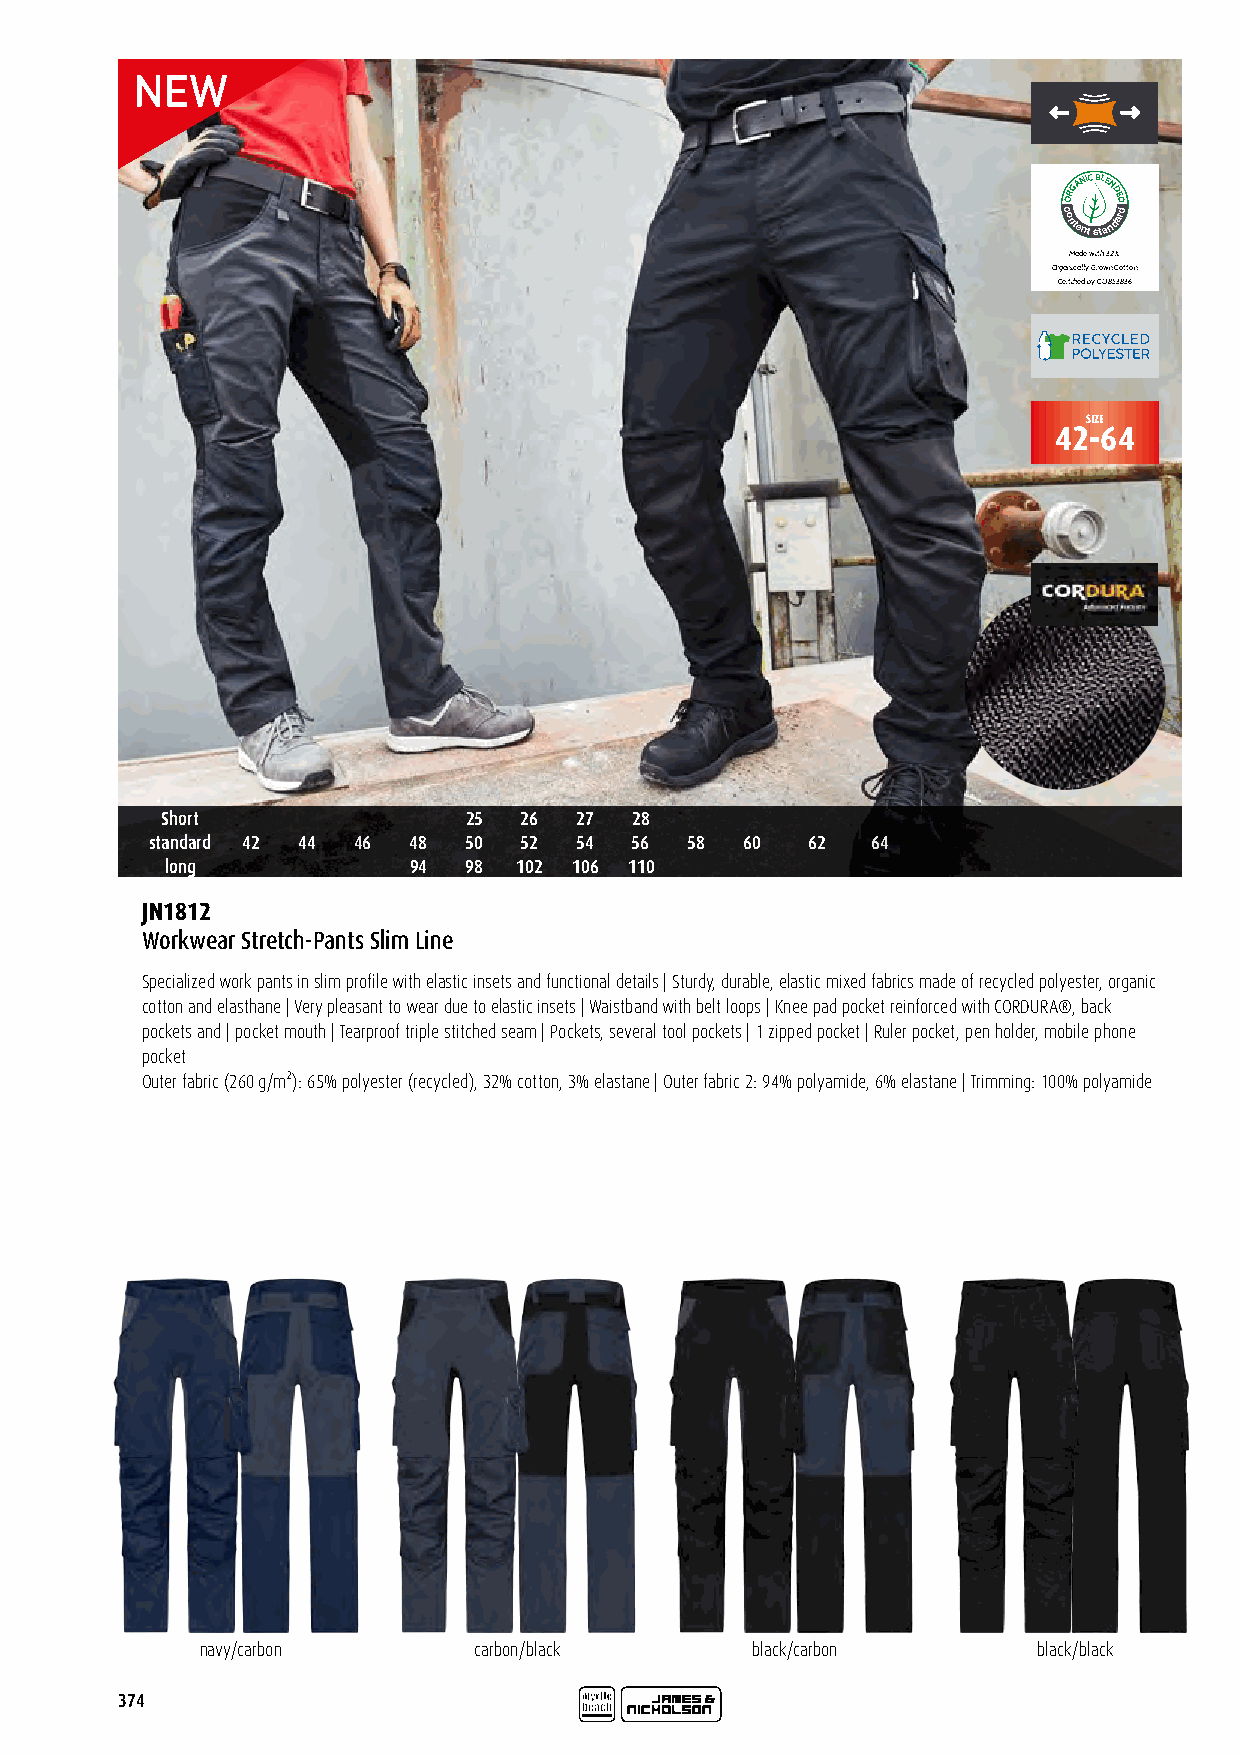
ORGANICBLENDED
 c
 o
 ntentstandard
 Made with 32 %
 Organically Grown Cotton
 Certified by CU853836
 SIZE
 42-64
 Short               25 26  27  28
 standard 42 44 46 48 50 52  54  56  58 60  62   64
 long            94  98 102 106 110
 JN1812
 Workwear Stretch-Pants Slim Line
 Specialized work pants in slim profile with elastic insets and functional details | Sturdy, durable, elastic mixed fabrics made of recycled polyester, organic
 cotton and elasthane | Very pleasant to wear due to elastic insets | Waistband with belt loops | Knee pad pocket reinforced with CORDURA®, back
 pockets and | pocket mouth | Tearproof triple stitched seam | Pockets, several tool pockets | 1 zipped pocket | Ruler pocket, pen holder, mobile phone
 pocket
 Outer fabric (260 g/m²): 65% polyester (recycled), 32% cotton, 3% elastane | Outer fabric 2: 94% polyamide, 6% elastane | Trimming: 100% polyamide
 navy/carbon       carbon/black       black/carbon       black/black
 374